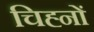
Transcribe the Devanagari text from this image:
चिह्‍नों